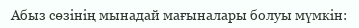
Абыз сөзінің мынадай мағыналары болуы мүмкін: